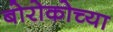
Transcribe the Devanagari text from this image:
बोरोकोच्या